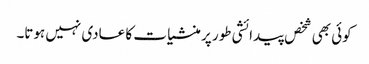
کوئی بھی شخص پیدائشی طور پر منشیا ت کا عادی نہیں ہوتا۔